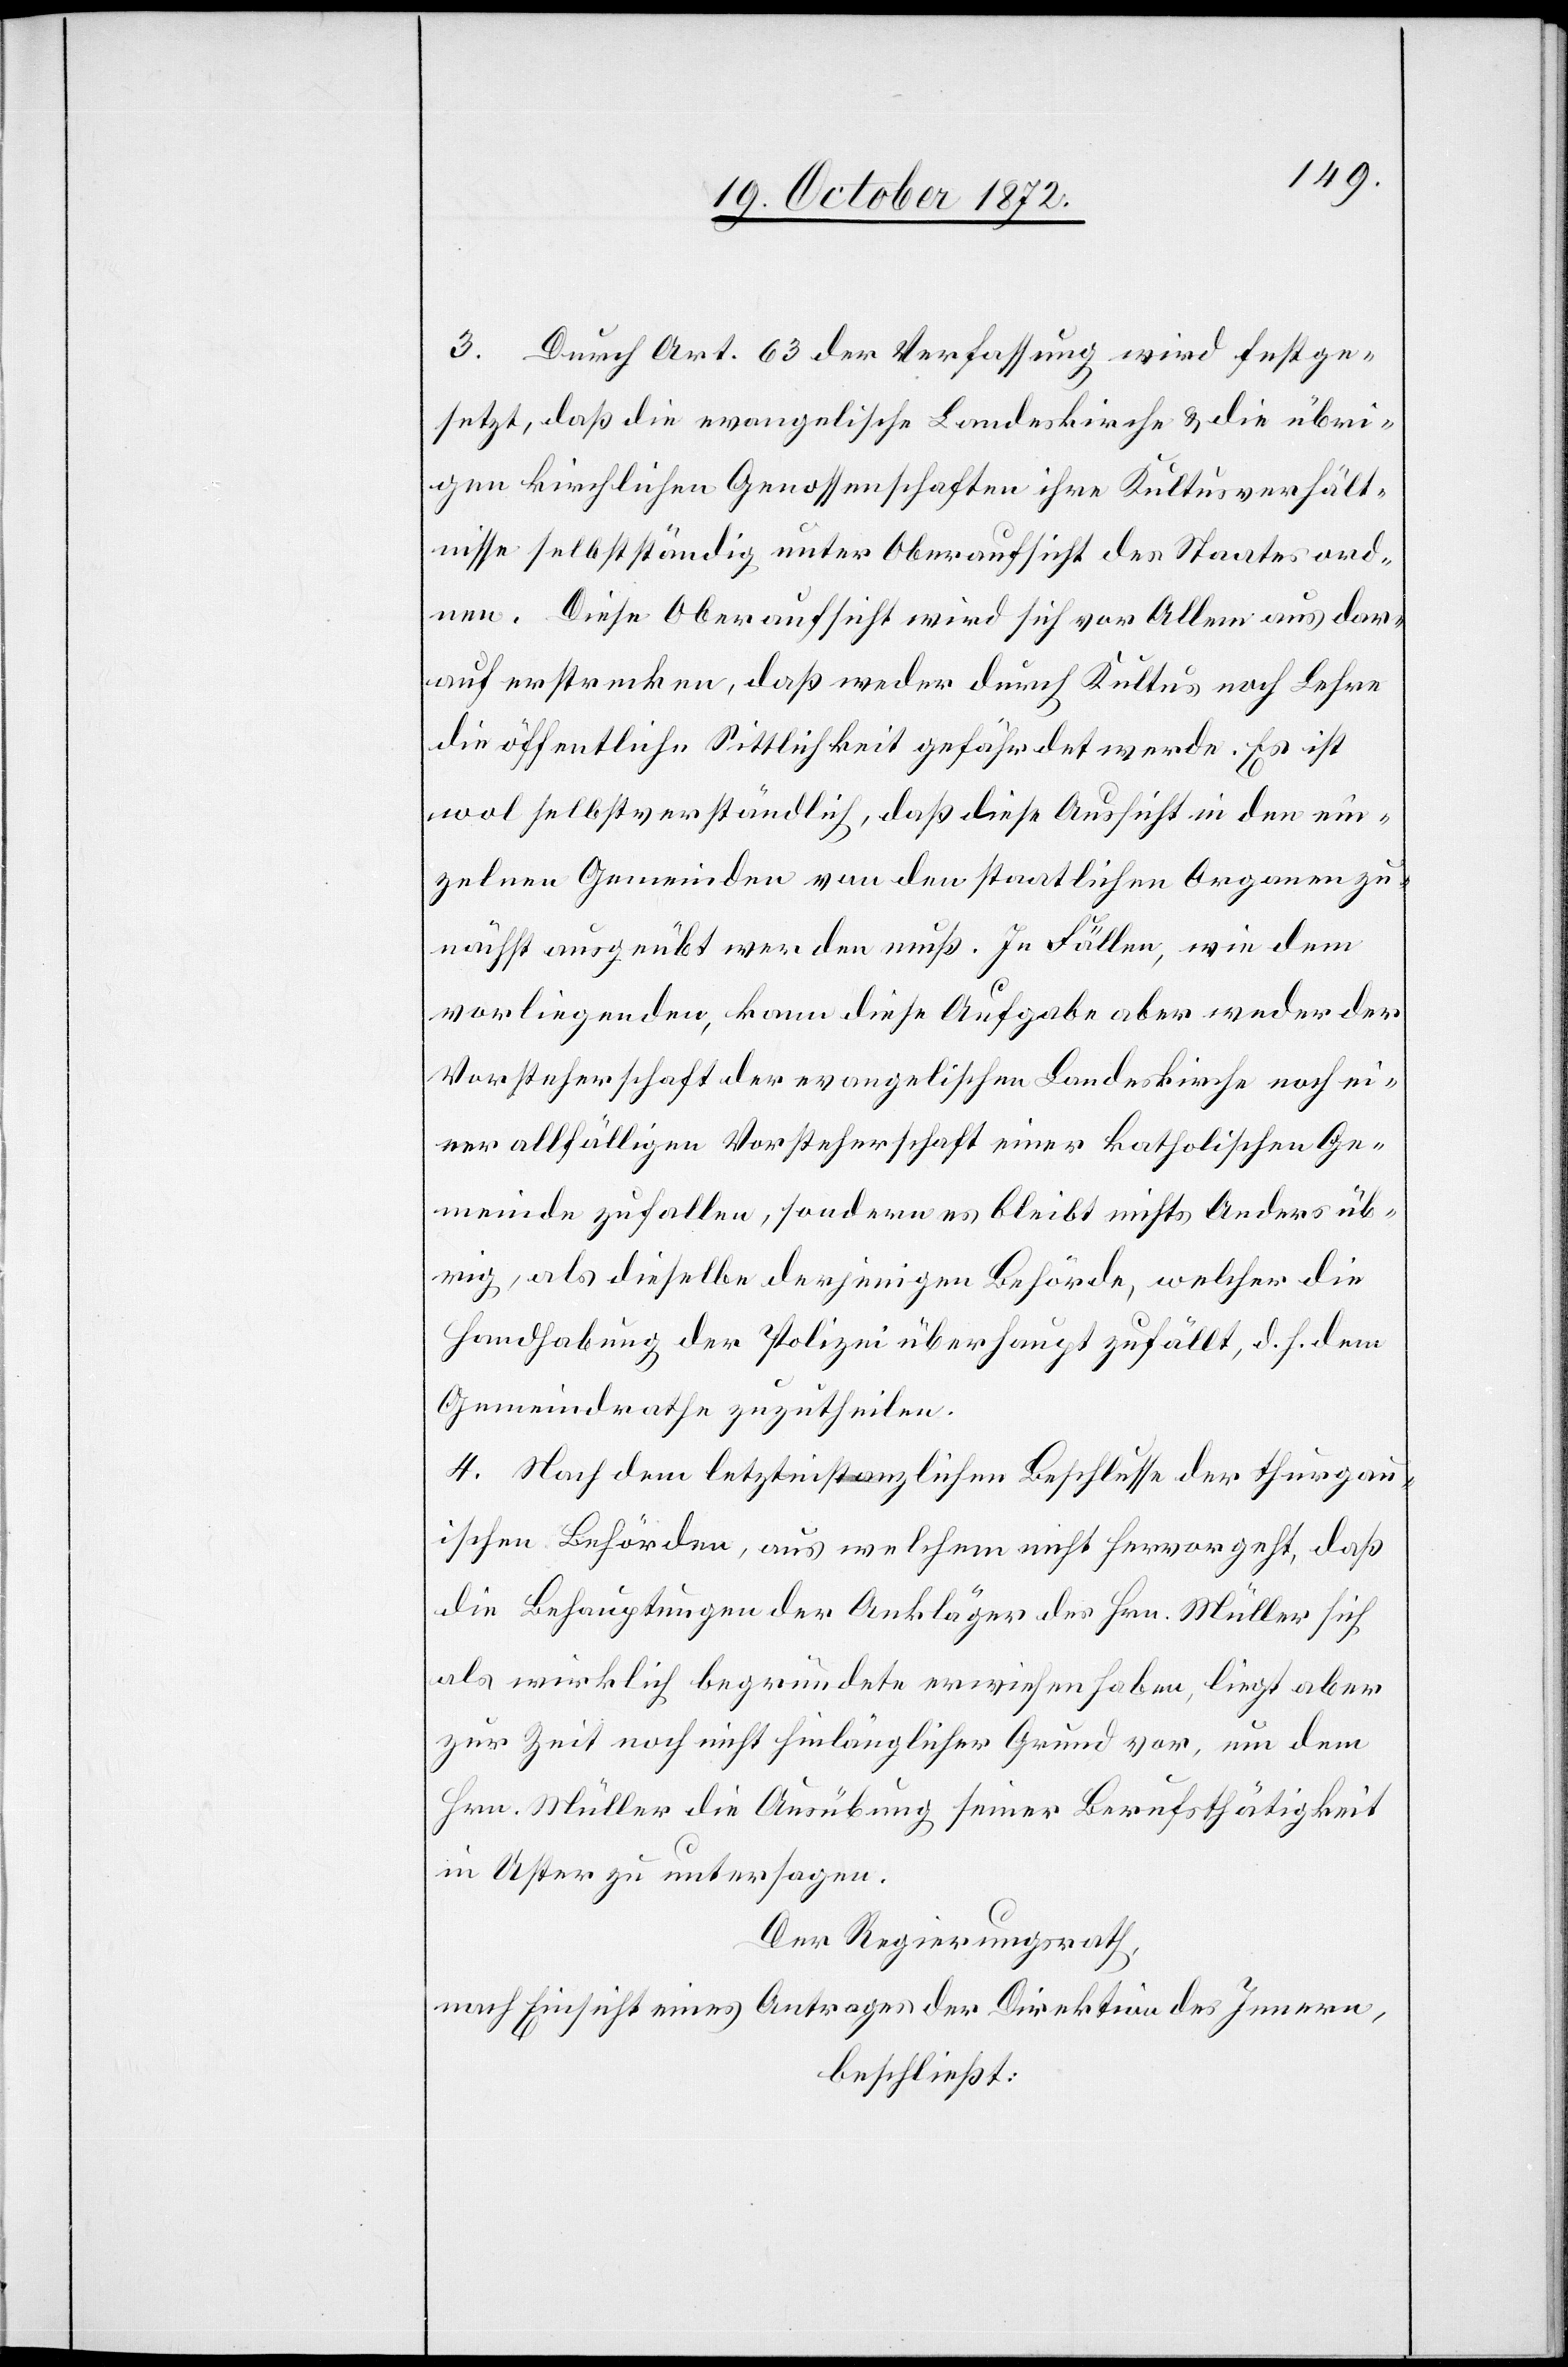
3. Durch Art. 63 der Verfassung wird festge¬
setzt, daß die evangelische Landeskirche u. die übri¬
gen kirchlichen Genossenschaften ihre Kultusverhält¬
nisse selbstständig unter Oberaufsicht des Staats ord¬
nen. Diese Oberaufsicht wird sich vor Allem aus dar¬
auf erstrecken, daß weder durch Kultus noch Lehre
die öffentliche Sittlichkeit gefährdet werde. Es ist
wol selbstverständlich, daß diese Aussicht in den ein¬
zelnen Gemeinden von den staatlichen Organen zu¬
nächst ausgeübt werden muß. In Fällen, wie dem
vorliegenden, kann diese Aufgabe aber weder der
Vorsteherschaft der evangelischen Landeskirche noch ei¬
ner allfälligen Vorsteherschaft einer katholischen Ge¬
meinde zufallen, sondern es bleibt nichts Anderes üb¬
rig, als dieselbe derjenigen Behörde, welcher die
Handhabung der Polizei überhaupt zufällt, d. h. dem
Gemeindrathe zuzutheilen.
4. Nach dem letztinstanzlichen Beschlusse der thurgau¬
ischen Behörden, aus welchem nicht hervorgeht, daß
die Behauptungen der Ankläger des Hrn. Müller sich
als wirklich begründete erwiesen haben, liegt aber
zur Zeit noch nicht hinlänglicher Grund vor, um dem
Hrn. Müller die Ausübung seiner Berufsthätigkeit
in Uster zu untersagen.
Der Regierungsrath,
nach Einsicht eines Antrages der Direktion des Innern,
beschließt: